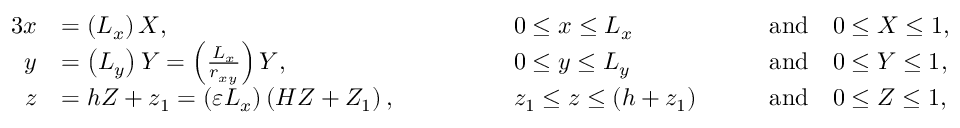
\begin{array} { r l r l r l } { { 3 } x } & { = \left( L _ { x } \right) X , \quad \quad \quad } & & { 0 \leq x \leq L _ { x } \quad } & & { \mathrm { a n d } \quad 0 \leq X \leq 1 , } \\ { y } & { = \left( L _ { y } \right) Y = \left( \frac { L _ { x } } { r _ { x y } } \right) Y , \quad \quad \quad } & & { 0 \leq y \leq L _ { y } \quad } & & { \mathrm { a n d } \quad 0 \leq Y \leq 1 , } \\ { z } & { = h Z + z _ { 1 } = \left( \varepsilon L _ { x } \right) \left( H Z + Z _ { 1 } \right) , \quad \quad \quad } & & { z _ { 1 } \leq z \leq \left( h + z _ { 1 } \right) \quad } & & { \mathrm { a n d } \quad 0 \leq Z \leq 1 , } \end{array}